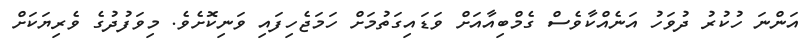
އަންނަ ހުކުރު ދުވަހު އަނެއްކާވެސް ގެމްބިއާއަށް ވަޑައިގަތުމަށް ހަމަޖެހިފައި ވަނިކޮށެވެ. މިވަފުދުގެ ވެރިޔަކަށް